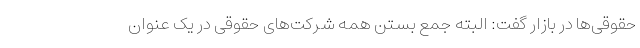
حقوقی‌ها در بازار گفت: البته جمع بستن همه شرکت‌های حقوقی در یک عنوان